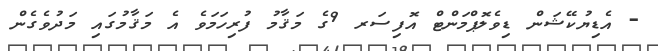
- އެޑިޔުކޭޝަން ޑިވެލޮޕްމަންޓް އޮފިސަރ 9ގެ މަޤާމު ފުރިހަމަވެ އެ މަޤާމުގައި މަދުވެގެން